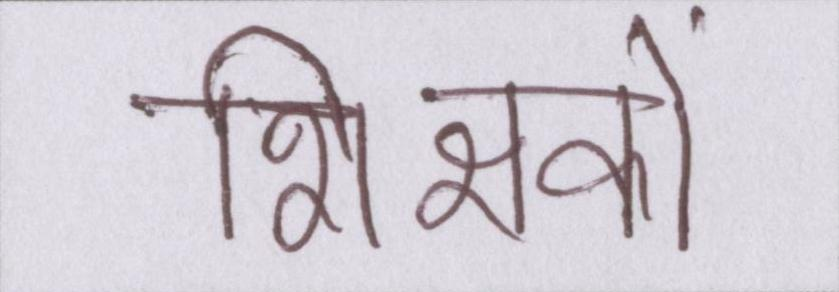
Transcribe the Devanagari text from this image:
शिक्षकों